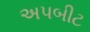
અપબીટ